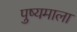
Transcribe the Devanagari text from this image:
पुष्यमाला